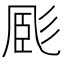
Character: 𢒝